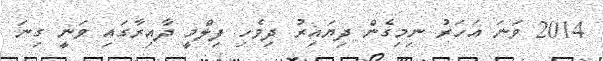
2014 ވަނަ އަހަރު ނިމިގެން ދިޔައިރު ދިވެހި ފިލްމީ ދާއިރާގައި ވަނީ ގިނަ